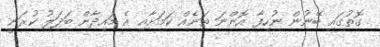
ގޮތުގައި ބޭނުން ނުހިފާ އޮންނަ ތަނެއް ކަމަށާއި އެ މައިދާން ބަދަލު ކުރަނީ